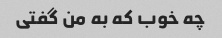
چه خوب که به من گفتی